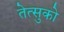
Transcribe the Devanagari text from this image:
तेत्सुको